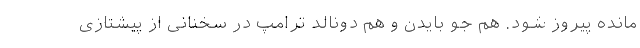
مانده پیروز شود. هم جو بایدن و هم دونالد ترامپ در سخنانی از پیشتازی